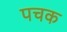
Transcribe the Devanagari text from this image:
पचक